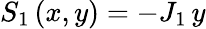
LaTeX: S_{1}\left(x,y\right)=-J_{1}\, y